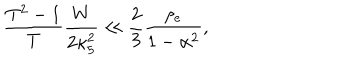
\frac { T ^ { 2 } - 1 } { T } \frac { W } { 2 \kappa _ { 5 } ^ { 2 } } \ll \frac { 2 } { 3 } \frac { \rho _ { e } } { 1 - \alpha ^ { 2 } } ,